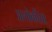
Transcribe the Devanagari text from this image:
अलोकीता